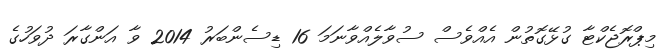
މިޕްރޮޖެކްޓާ ގުޅޭގޮތުން އެއްވެސް ސުވާލެއްވާނަމަ 16 ޑިސެންބަރު 2014 ވާ އަންގާރަ ދުވަހުގެ